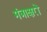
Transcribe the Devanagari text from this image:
मंत्राक्षरों